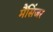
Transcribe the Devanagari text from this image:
मैंसिंजर